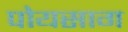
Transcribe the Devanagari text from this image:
पोयसाग